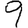
Digit: 9